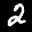
Label: 2